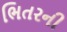
ભિતરની